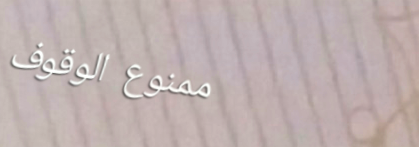
ممنوع الوقوف